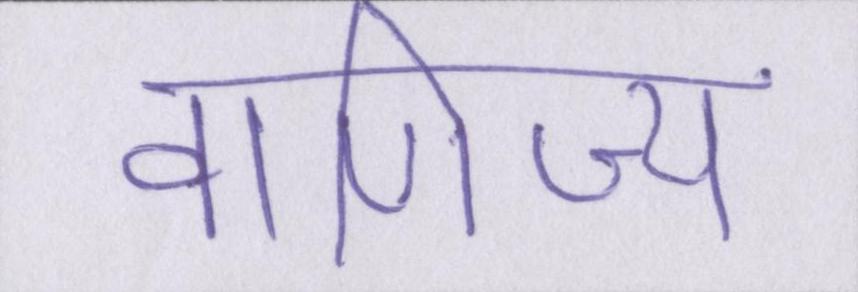
वाणिज्य